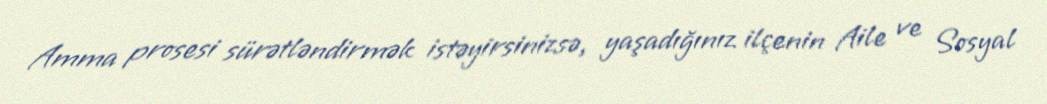
Amma prosesi sürətləndirmək istəyirsinizsə, yaşadığınız ilçenin Aile ve Sosyal